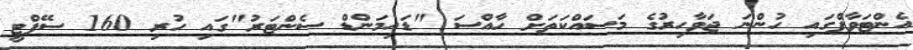
އެންޓަވާޕްގައި ހުންނަ ޖަވާހިރުގެ މަސައްކަތަށް ހާއްސަ "ޑައިމަންޑް ސެންޓަރު"ގައި ހުރި 160 ސޭފްޓީ